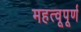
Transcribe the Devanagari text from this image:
महत्वूपूर्ण